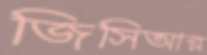
জিসিআর